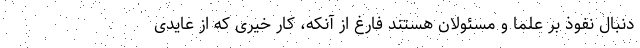
دنبال نفوذ بر علما و مسئولان هستند فارغ از آنکه، کار خیری که از عایدی